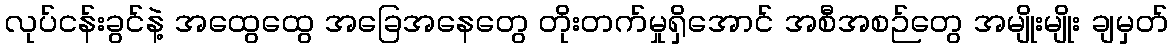
လုပ်ငန်းခွင်နဲ့ အထွေထွေ အခြေအနေတွေ တိုးတက်မှုရှိအောင် အစီအစဉ်တွေ အမျိုးမျိုး ချမှတ်